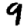
Digit: 9